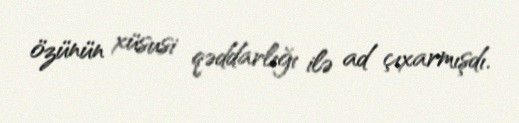
özünün xüsusi qəddarlığı ilə ad çıxarmışdı.